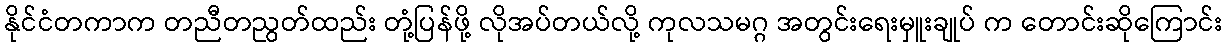
နိုင်ငံတကာက တညီတညွတ်ထည်း တုံ့ပြန်ဖို့ လိုအပ်တယ်လို့ ကုလသမဂ္ဂ အတွင်းရေးမှူးချုပ် က တောင်းဆိုကြောင်း